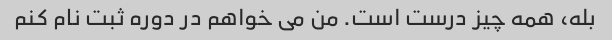
بله، همه چیز درست است. من می خواهم در دوره ثبت نام کنم